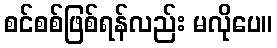
စင်စစ်ဖြစ်ရန်လည်း မလိုပေ။